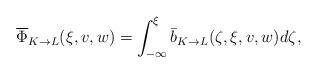
LaTeX: \begin{align*}\overline{\Phi}_{K\to L}(\xi,v,w)&=\int_{-\infty}^\xi \bar{b}_{K\to L} (\zeta,\xi,v,w) d\zeta,\end{align*}